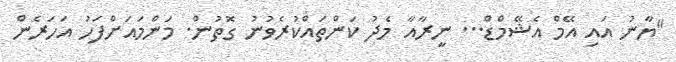
"ޔާނު އައި އޭމް އެޝޭމްޑް... ނީރާއާ މެދު ކަންތައްކުރެވުނު ގޮތުން. މަންމައަށްފަހު އަހަރެން